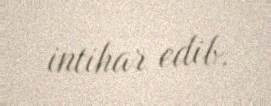
intihar edib.